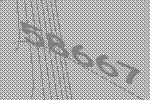
58667